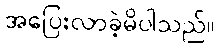
အပြေးလာခဲ့မိပါသည်။